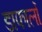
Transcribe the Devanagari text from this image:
डाफार्लो